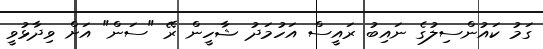
ގަމު ކައުންސިލުގެ ނައިބު ރައީސް އަހުމަދު ޝާހީން ރޭ "ސަން" އަށް ވިދާޅުވީ